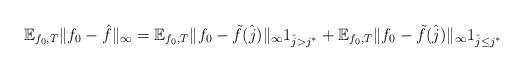
LaTeX: \begin{align*}\mathbb{E}_{f_0,T}\|f_0-\hat{f}\|_{\infty}= \mathbb{E}_{f_0,T}\|f_0-\tilde{f}(\hat{j})\|_{\infty} 1_{\hat{j}>j^*}+ \mathbb{E}_{f_0,T}\|f_0-\tilde{f}(\hat{j})\|_{\infty} 1_{\hat{j}\leq j^*}\end{align*}